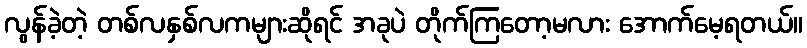
လွန်ခဲ့တဲ့ တစ်လနှစ်လကများဆိုရင် အခုပဲ တိုက်ကြတော့မလား အောက်မေ့ရတယ်။